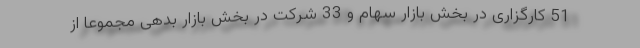
51 کارگزاری در بخش بازار سهام و 33 شرکت در بخش بازار بدهی مجموعا از